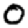
Digit: 0